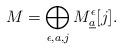
LaTeX: \begin{align*}M=\bigoplus_{\epsilon, a, j}M^{\epsilon}_{\underline{a}}[j].\end{align*}